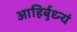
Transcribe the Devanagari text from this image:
आहिर्बुध्न्यं